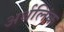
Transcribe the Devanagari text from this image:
अर्थलिंक